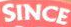
SINCE